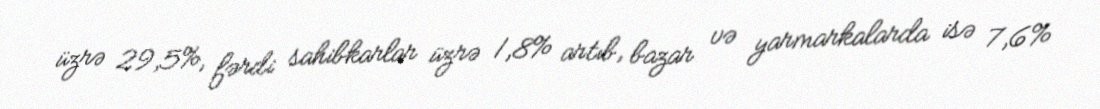
üzrə 29,5%, fərdi sahibkarlar üzrə 1,8% artıb, bazar və yarmarkalarda isə 7,6%